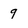
Character: 9